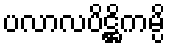
ပလာလပိဋ္ဌိကမ္ပိ